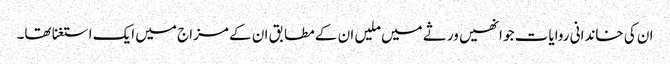
ان کی خاندانی روایات جو انھیں ورثے میں ملیں ان کے مطابق ان کے مزاج میں ایک استغنا تھا۔